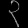
Digit: ၃